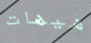
هيهات